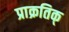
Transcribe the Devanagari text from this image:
प्राक्रतिक्